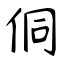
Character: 侗